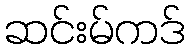
ဆင်းမ်ကဒ်